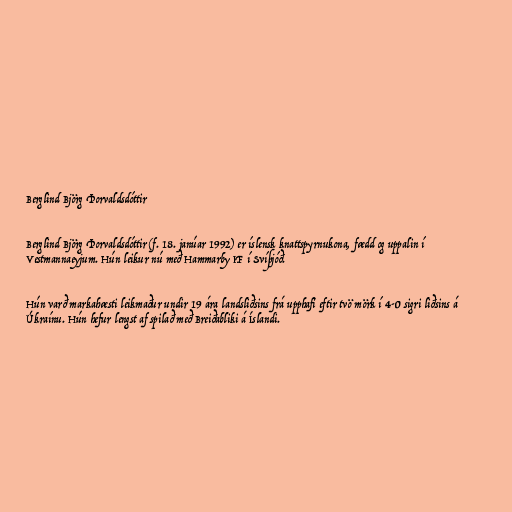
Berglind Björg Þorvaldsdóttir

Berglind Björg Þorvaldsdóttir (f. 18. janúar 1992) er íslensk knattspyrnukona, fædd og uppalin í
Vestmannaeyjum. Hún leikur nú með Hammarby IF í Svíþjóð.

Hún varð markahæsti leikmaður undir 19 ára landsliðsins frá upphafi eftir tvö mörk í 4-0 sigri liðsins á
Úkraínu. Hún hefur lengst af spilað með Breiðabliki á Íslandi.